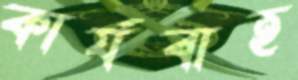
কার্যবাহ